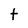
Character: t